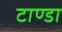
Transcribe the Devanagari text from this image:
टाण्‍डा